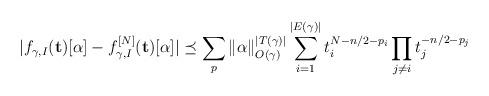
LaTeX: \begin{align*} |f_{\gamma, I}(\mathbf{t})[\alpha] - f_{\gamma, I}^{[N]}(\mathbf{t})[\alpha]| \preceq \sum_p\|\alpha\|^{|T(\gamma)|}_{O(\gamma)}\sum_{i = 1}^{|E(\gamma)|} t_i^{N - n/2 - p_i}\prod_{j \neq i} t_j^{- n/2 - p_j} \end{align*}